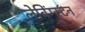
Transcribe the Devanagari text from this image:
लेविंग्स्टन